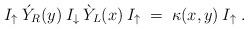
LaTeX: \begin{align*}I_\uparrow\: \acute{Y}_R(y)\: I_\downarrow\: \grave{Y}_L(x)\: I_\uparrow \;=\;\kappa(x,y)\: I_\uparrow\;. \end{align*}